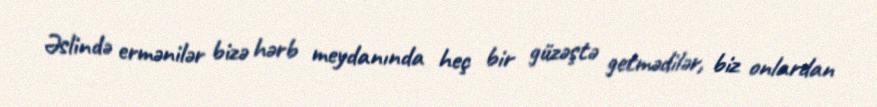
Əslində ermənilər bizə hərb meydanında heç bir güzəştə getmədilər, biz onlardan